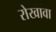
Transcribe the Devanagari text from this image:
रोखावा